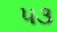
૫૩